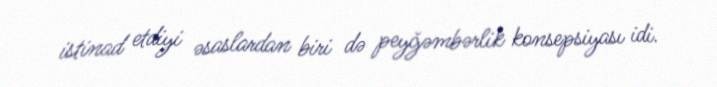
istinad etdiyi əsaslardan biri də peyğəmbərlik konsepsiyası idi.